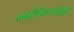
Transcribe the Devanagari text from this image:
महाशिवरात्रीही